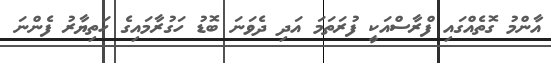
އާންމު ގޮތެއްގައި ފްރާސްއަކީ ފުރަތަމަ އަދި ދެވަނަ ބޮޑު ހަގުރާމައިގެ ހަތިޔާރު ފެންނަ